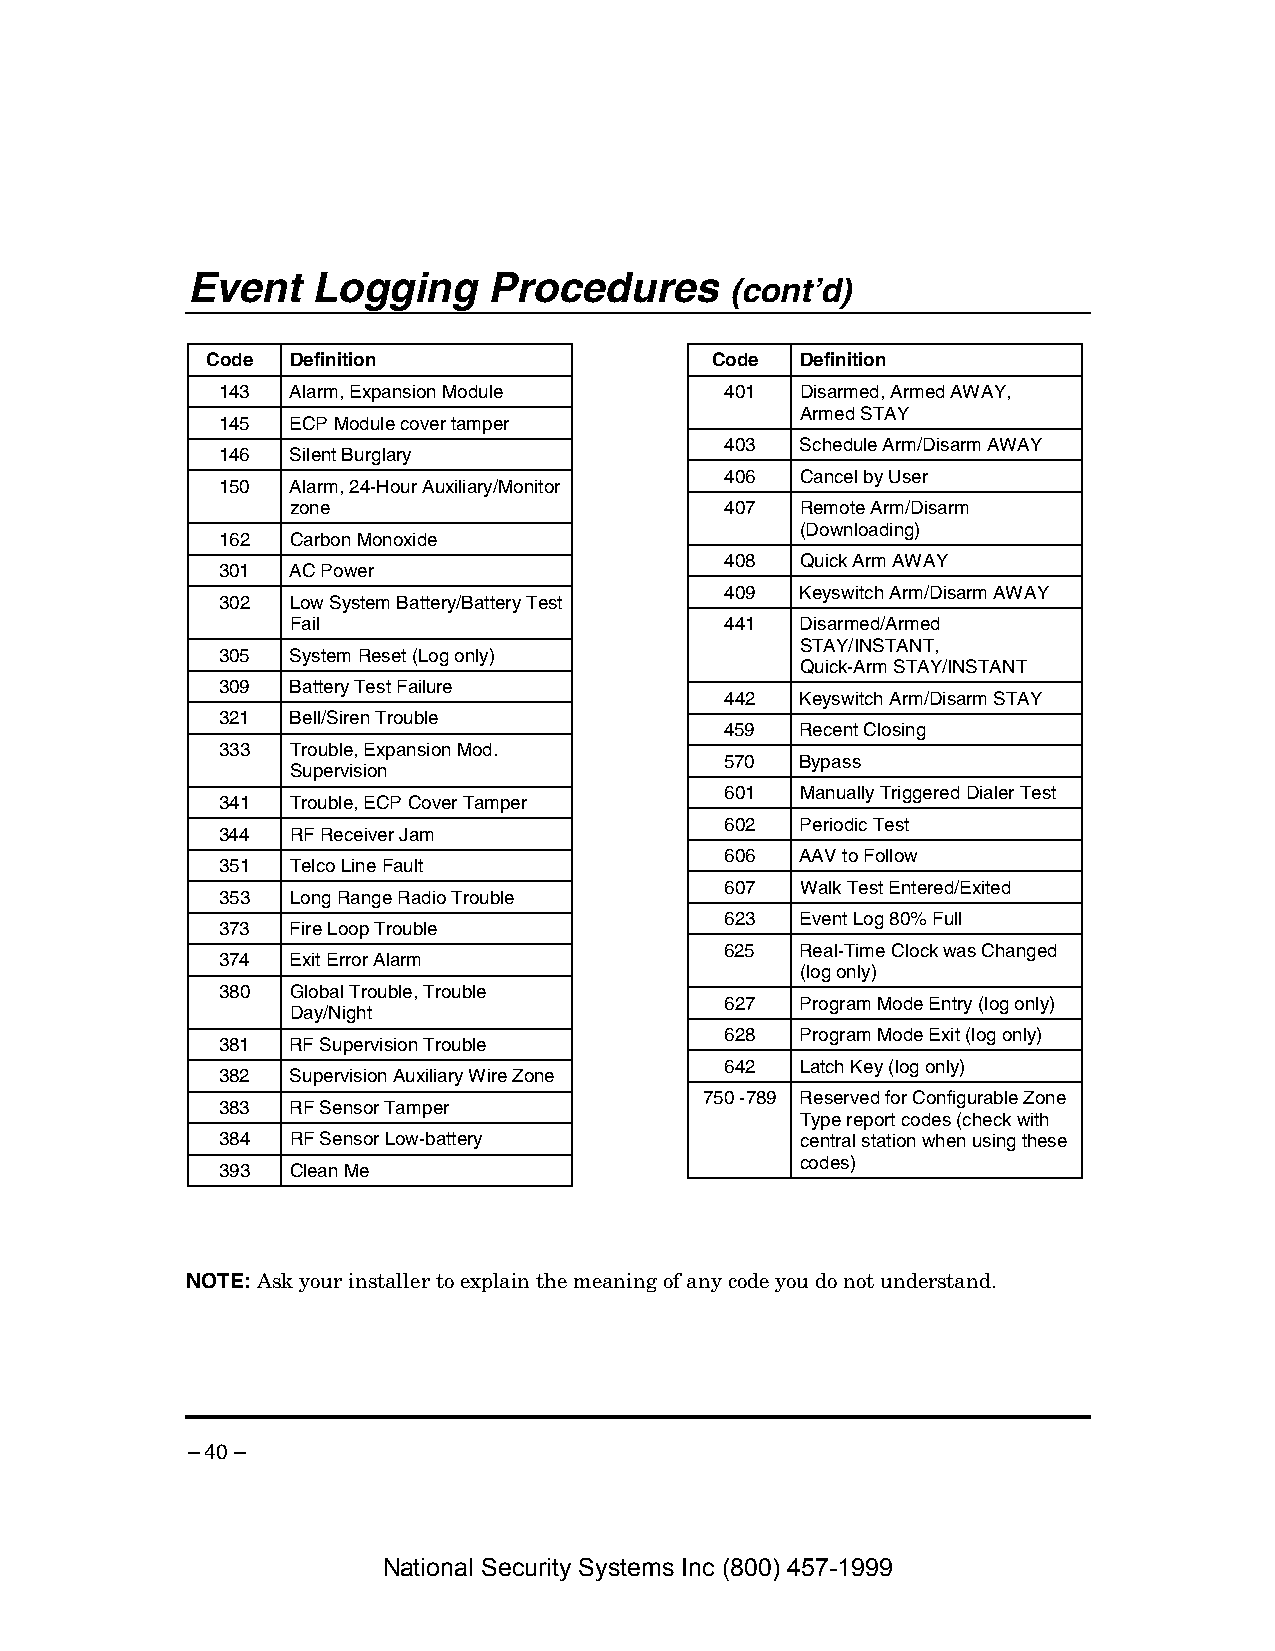
Event    Logging    Procedures
 (cont’d)
 Code Definition                  Code  Definition
 143  Alarm, Expansion Module      401  Disarmed, Armed AWAY,
 Armed STAY
 145  ECP Module cover tamper
 403  Schedule Arm/Disarm AWAY
 146  Silent Burglary
 406  Cancel by User
 150  Alarm, 24-Hour Auxiliary/Monitor
 zone                         407  Remote Arm/Disarm
 (Downloading)
 162  Carbon Monoxide
 408  Quick Arm AWAY
 301  AC Power
 409  Keyswitch Arm/Disarm AWAY
 302  Low System Battery/Battery Test
 Fail                         441  Disarmed/Armed
 STAY/INSTANT,
 305  System Reset (Log only)
 Quick-Arm STAY/INSTANT
 309  Battery Test Failure
 442  Keyswitch Arm/Disarm STAY
 321  Bell/Siren Trouble
 459  Recent Closing
 333  Trouble, Expansion Mod.
 570  Bypass
 Supervision
 601  Manually Triggered Dialer Test
 341  Trouble, ECP Cover Tamper
 602  Periodic Test
 344  RF Receiver Jam
 606  AAV to Follow
 351  Telco Line Fault
 607  Walk Test Entered/Exited
 353  Long Range Radio Trouble
 623  Event Log 80% Full
 373  Fire Loop Trouble
 625  Real-Time Clock was Changed
 374  Exit Error Alarm
 (log only)
 380  Global Trouble, Trouble
 627  Program Mode Entry (log only)
 Day/Night
 628  Program Mode Exit (log only)
 381  RF Supervision Trouble
 642  Latch Key (log only)
 382  Supervision Auxiliary Wire Zone
 750 -789 Reserved for Configurable Zone
 383  RF Sensor Tamper
 Type report codes (check with
 384  RF Sensor Low-battery             central station when using these
 codes)
 393  Clean Me
 NOTE: Ask your installer to explain the meaning of any code you do not understand.
 – 40 –
 National Security Systems Inc (800) 457-1999